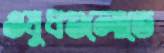
ওষুধগুলোতে